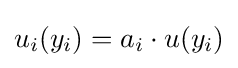
u_{i}(y_{i})=a_{i}\cdot u(y_{i})